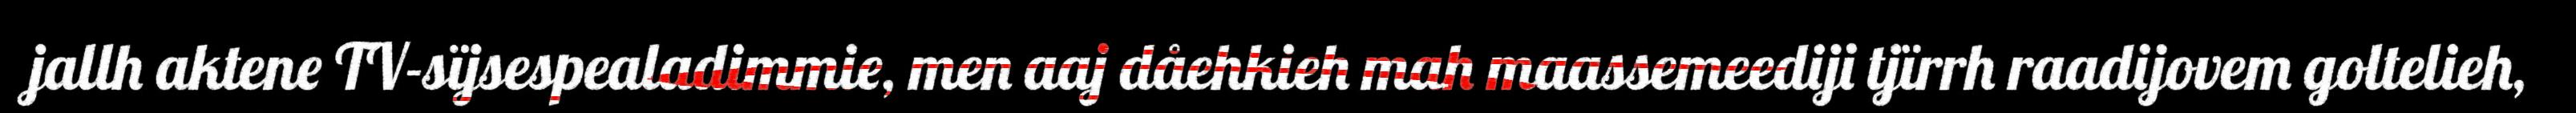
jallh aktene TV-sïjsespealadimmie, men aaj dåehkieh mah maassemeediji tjïrrh raadijovem goltelieh,